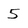
Character: 5